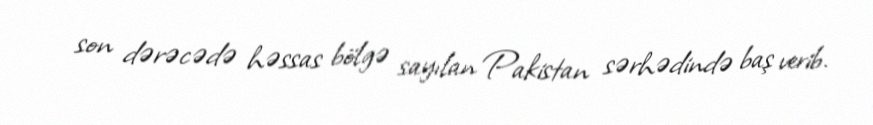
son dərəcədə həssas bölgə sayılan Pakistan sərhədində baş verib.